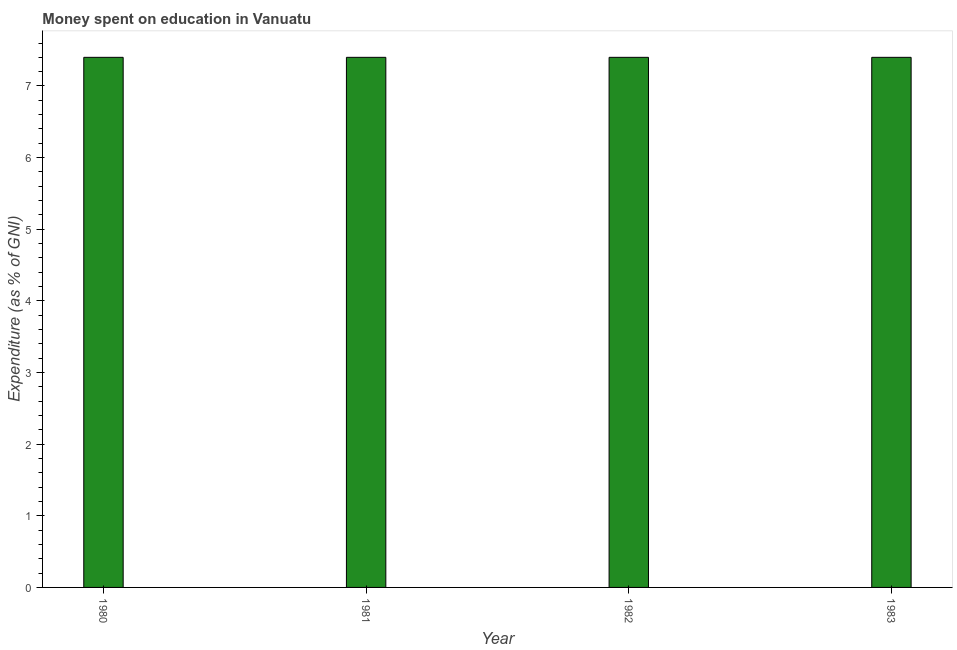
| Year | Education expenditure |
 | --- | --- |
 | 1980 | 7.4 |
 | 1981 | 7.4 |
 | 1982 | 7.4 |
 | 1983 | 7.4 |